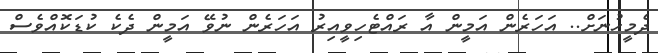
ދެމީހުނަށް.. އަހަރެން އަމީން އާ ރައްޓެހިވީއިރު އަހަރެން ނުވޭ އަމީން ދެކެ ކުޑަކޮއްވެސް